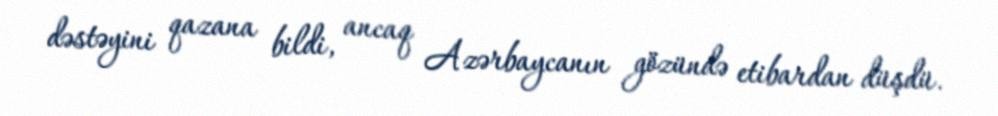
dəstəyini qazana bildi, ancaq Azərbaycanın gözündə etibardan düşdü.